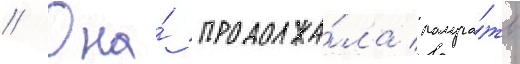
// Она́ продолжа́ла получа́ть